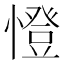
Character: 憕